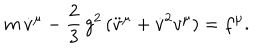
m \, { \dot { v } } ^ { \mu } - { \frac 2 3 } \, g ^ { 2 } \, ( { \ddot { v } } ^ { \mu } + { \dot { v } } ^ { 2 } v ^ { \mu } ) = f ^ { \mu } .